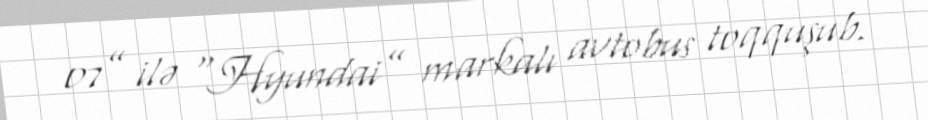
07” ilə “Hyundai” markalı avtobus toqquşub.